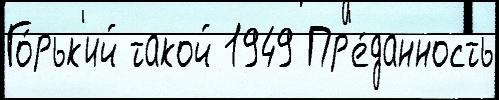
Го́рьк'ий такой 1949 Пр'е́данность